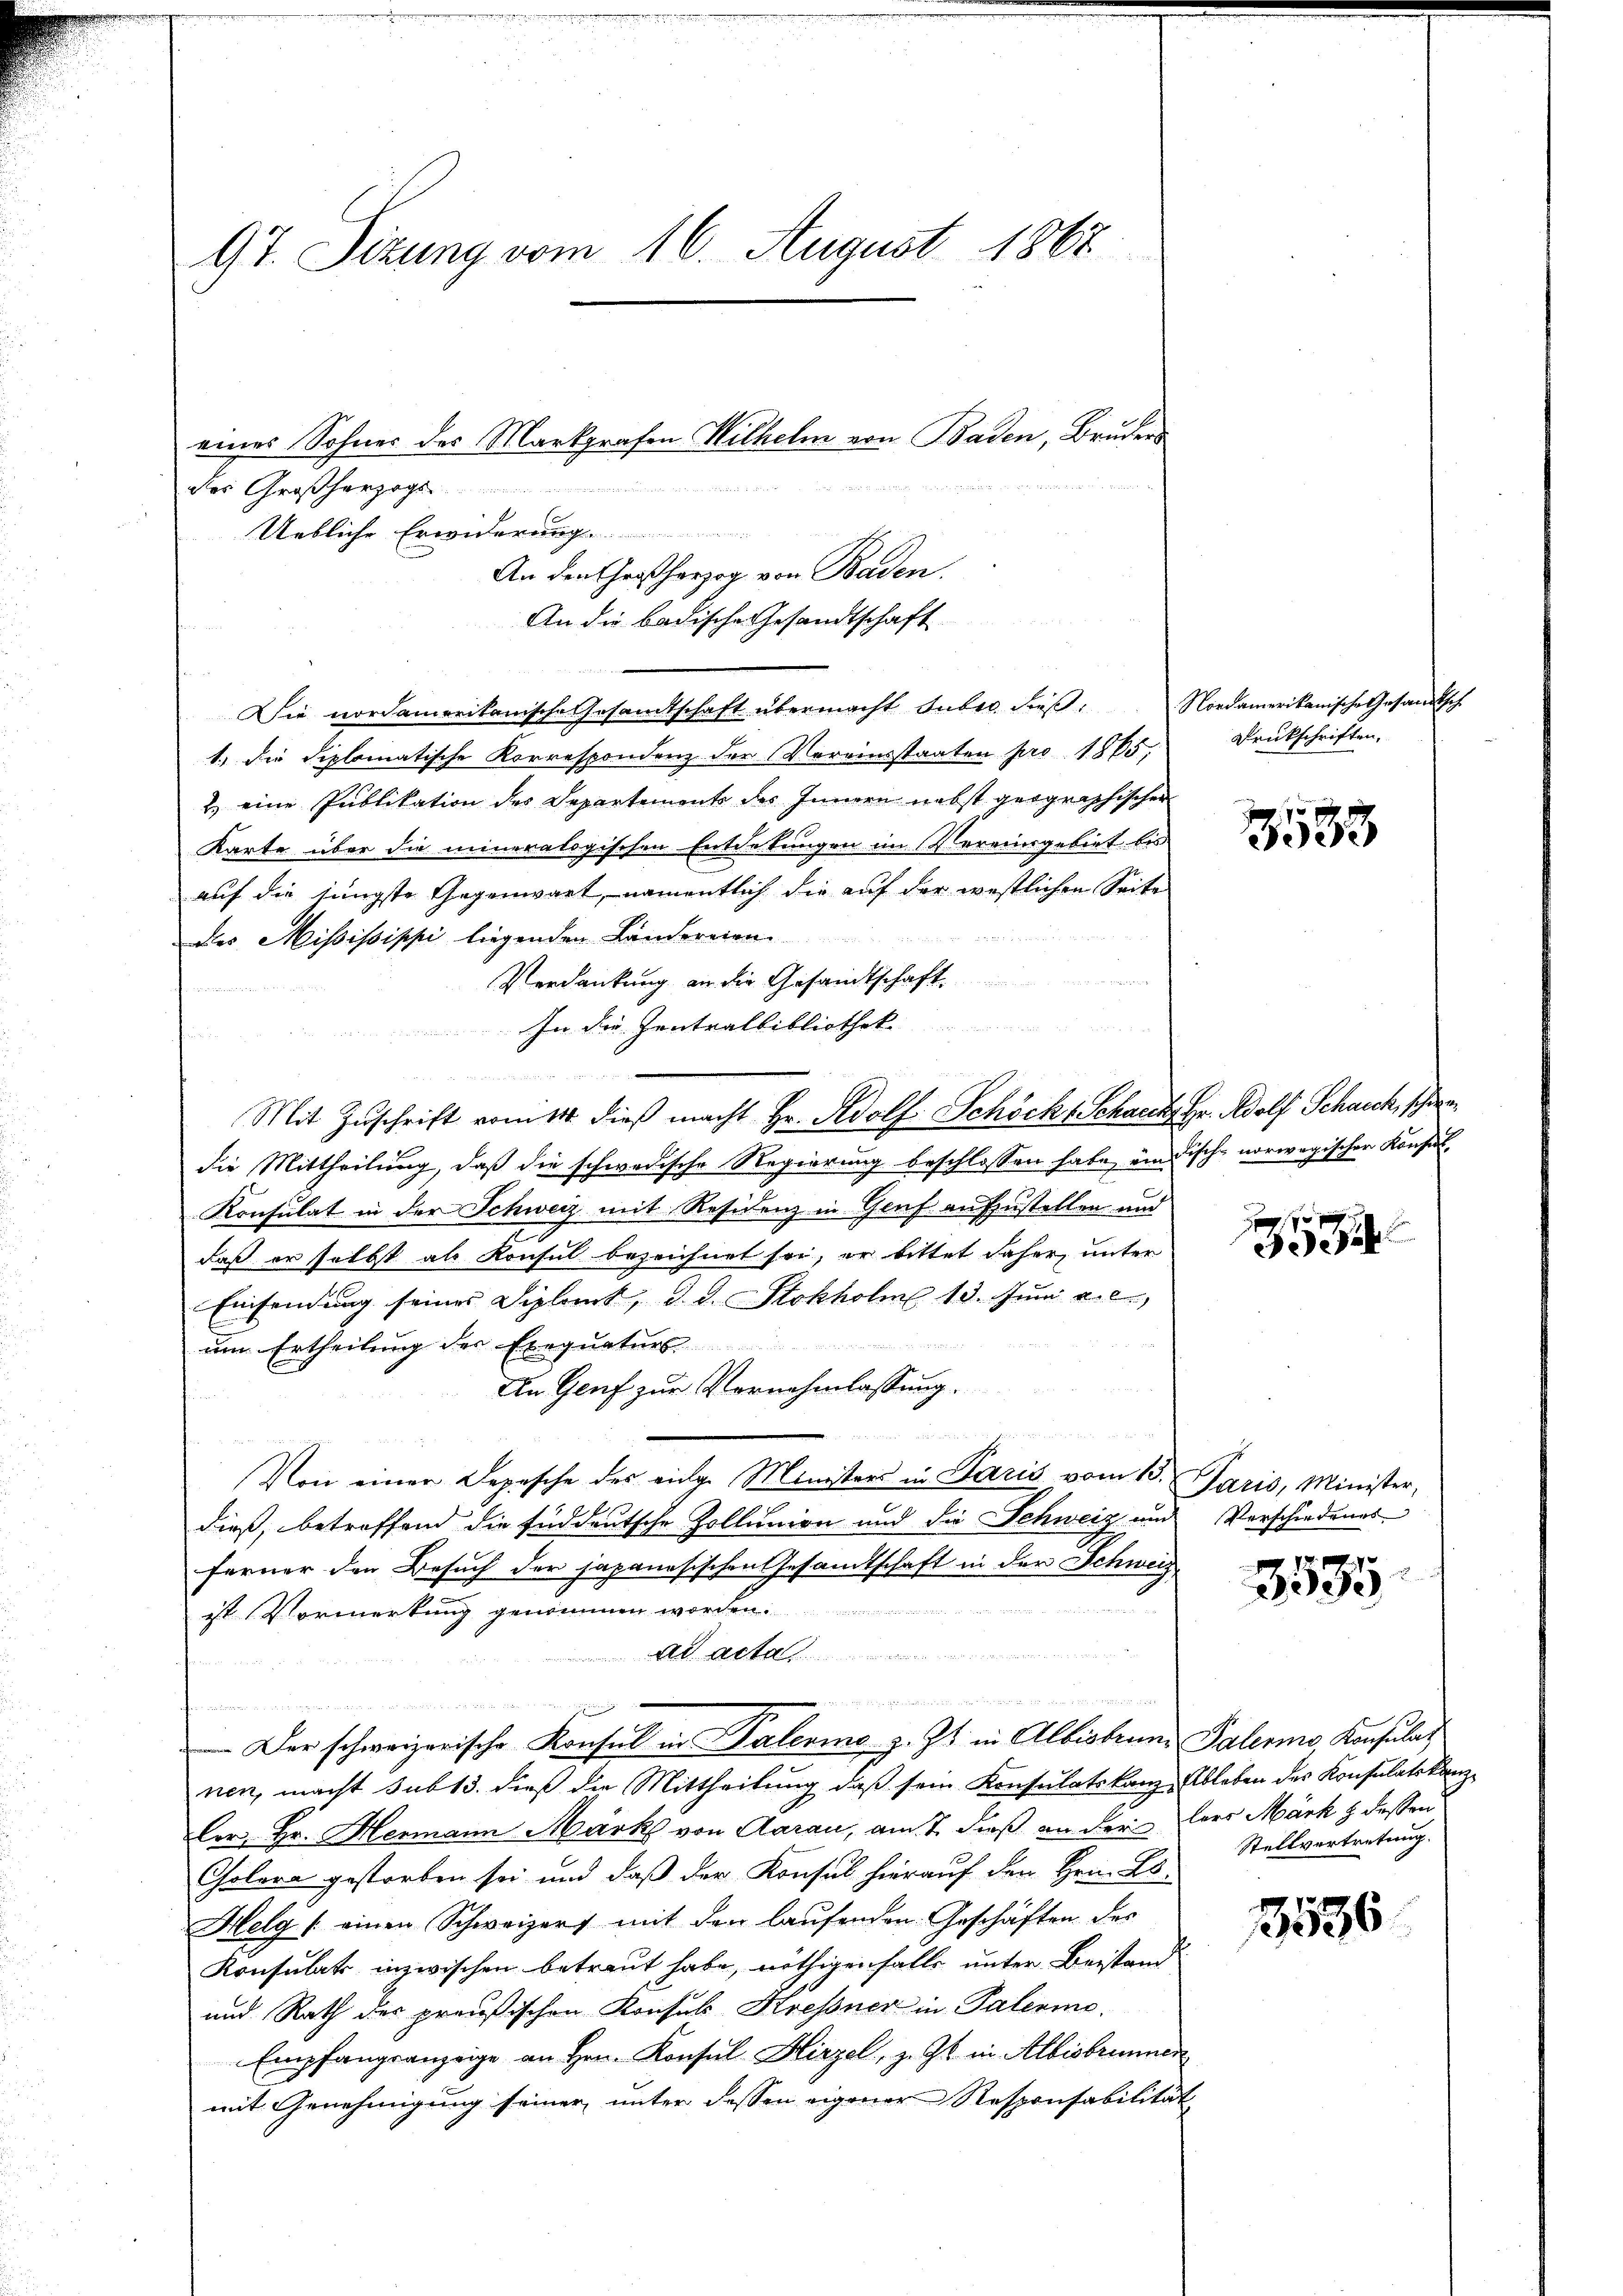
97. Sizung vom 16. August 1867
eines Sohnes des Markgrafen Wilhelm von Baden, Bruders

des Großherzogs

Die nordamerikanische Gesandtschaft übermacht suber dieβ. Nordamerikanische Gesandtsch
1.) die diplomatische Korrespondenz der Vereinsstaaten pro 1865,
2) eine Publikation des Departements des Innern nebst geographischer
Karte über die mineralogischen Entdekungen im Vereinsgebiet bis
auf die jüngste Gegenwart, namentlich die auf der westlichen Seite
des Mississippi liegenden Ländereien.
Verdankung an die Gesandtschaft

In die Zentralbibliothek

Mit Zŭschrift vom 14. dieβ macht Hr. Adolf Schöckl Schaut Hr. Adolf Schneck, schwedie Mittheilung, daß die schwedische Regierung beschlossen habe, um dische norwegischen Konsul¬
Konsulat in der Schweiz mit Residenz in Genf aufzustellen und
daß er selbst als Konsul bezeichnet sei, er bittet daher, unter
Einsendung seiner Diplomt, d. d. Stokholm 13. Juni a. c.,
um Ertheilung der Exequaturs
In Genf zur Vornehmlassung.
Von einer Depesche des eige Ministers in Paris vom 15. Paris, Minister,
dieß, betreffend die süddeutsche Zollunion und die Schweiz und Verschiedenes
Ferner den Besuch der japanesischen Gesamtschaft in der Schwei
ist Vormerkung genommen worden.
Ad Acta

un
 Der schweizerische Konsul in Palerins z. Zt. in Albisbrung Palermo Konsulat
nen, macht sub 13. dieß die Mittheilung daß sein Konsulatskanz Ableben des Konsulatskanzler Hr. Hermann Mark von Aarau, am 7. dieß an der lers Märk & dessen
Cholera gestorben sei und daß der Konsul hierauf den Hrn. Lo¬
Helg (einen Schweizers mit den laufenden Geschäften des
Konsulats inzwischen betreut habe, nöthigenfalls unter Beistand
und Rath des preußischen Konsuls Kressner in Palermo¬
Empfangsanzeige an Hrn. Konsul Hirzel, z. Zt. in Albisbrunnen
mit Genehmigung seiner unter dessen eigener Responsabilität

Uebliche Erwiderung.
An den Großherzog von Baden.
An die badische Gesandtschaft

Drukschriften,

33

d
3

. p. 17
390

Stellvertretung.

3536